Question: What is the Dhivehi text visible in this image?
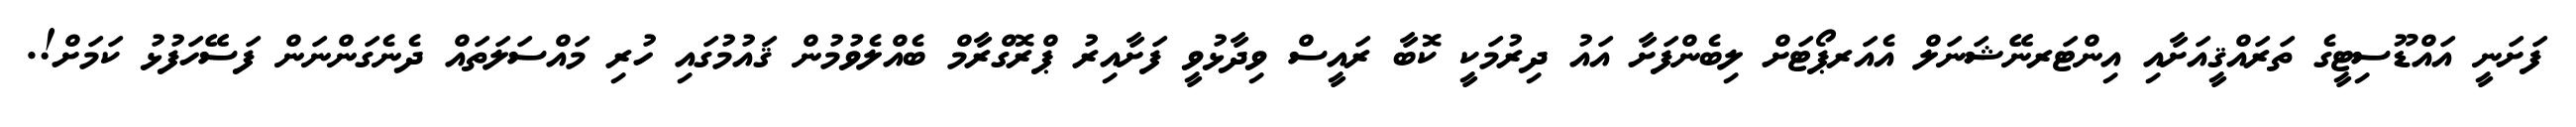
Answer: ފަށަނީ އައްޑޫސިޓީގެ ތަރައްޤީއަށާއި އިންޓަރނޭޝަނަލް އެއަރޕޯޓަށް ލިބެންފަށާ އައު ދިރުމަކީ ކޮބާ ރައީސް ވިދާޅުވީ ފަށާއިރު ޕްރޮގްރާމް ބެއްލެވުމުން ޤައުމުގައި ހުރި މައްސަލަތައް ދެނެގަންނަން ފަސޭހަފުޅު ކަމަށް!.